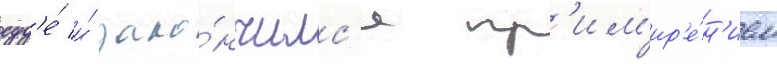
суд'е́ и́ зако́нчилс'я пр'им'ир'е́н'ием